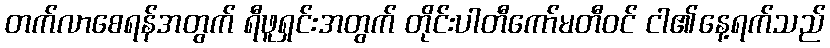
တက်လာစေရန်အတွက် ရီဖူရှင်းအတွက် တိုင်းပါတီကော်မတီဝင် ငါ၏နေ့ရက်သည်